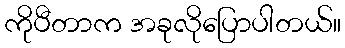
ကိုပီတာက အခုလိုပြောပါတယ်။